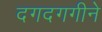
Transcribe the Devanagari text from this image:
दगदगगीने